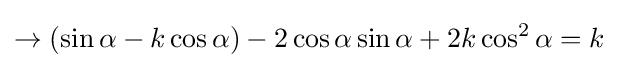
\rightarrow (\sin \alpha -k\cos \alpha )-2\cos \alpha \sin \alpha +2k\cos ^{2}\alpha =k